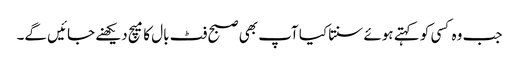
جب وہ کسی کو کہتے ہوئے سنتا کیا آپ بھی صبح فٹ بال کا میچ دیکھنے جائیں گے۔